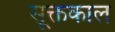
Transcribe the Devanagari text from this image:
सूक्तकाल